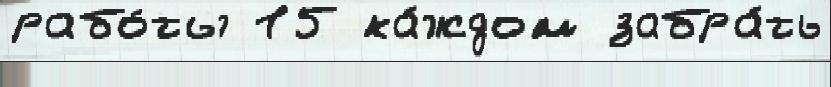
рабо́ты 15 ка́ждом забра́ть